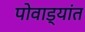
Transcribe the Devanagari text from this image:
पोवाड्यांत